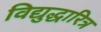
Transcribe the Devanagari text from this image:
विद्युद्धारित्र